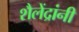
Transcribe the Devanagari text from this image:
शैलेंद्रांनी